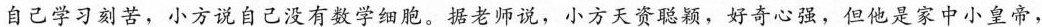
自己学习刻苦，小方说自己没有数学细胞。据老师说，小方天资聪颖，好奇心强，但他是家中小皇帝，